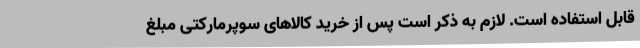
قابل استفاده است. لازم به ذکر است پس از خرید کالاهای سوپرمارکتی مبلغ